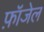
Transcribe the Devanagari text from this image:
फ़ॉजेल